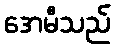
အေမီသည်